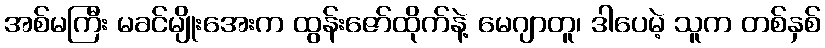
အစ်မကြီး မခင်မျိုးအေးက ထွန်းဇော်ထိုက်နဲ့ မေဂျာတူ၊ ဒါပေမဲ့ သူက တစ်နှစ်